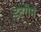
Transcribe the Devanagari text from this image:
इटरीम